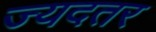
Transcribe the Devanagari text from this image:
ज्यदतर